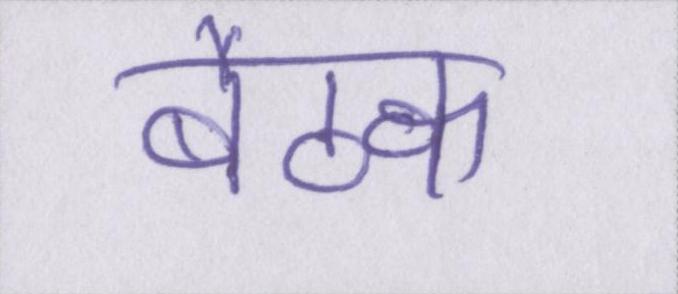
बैठक